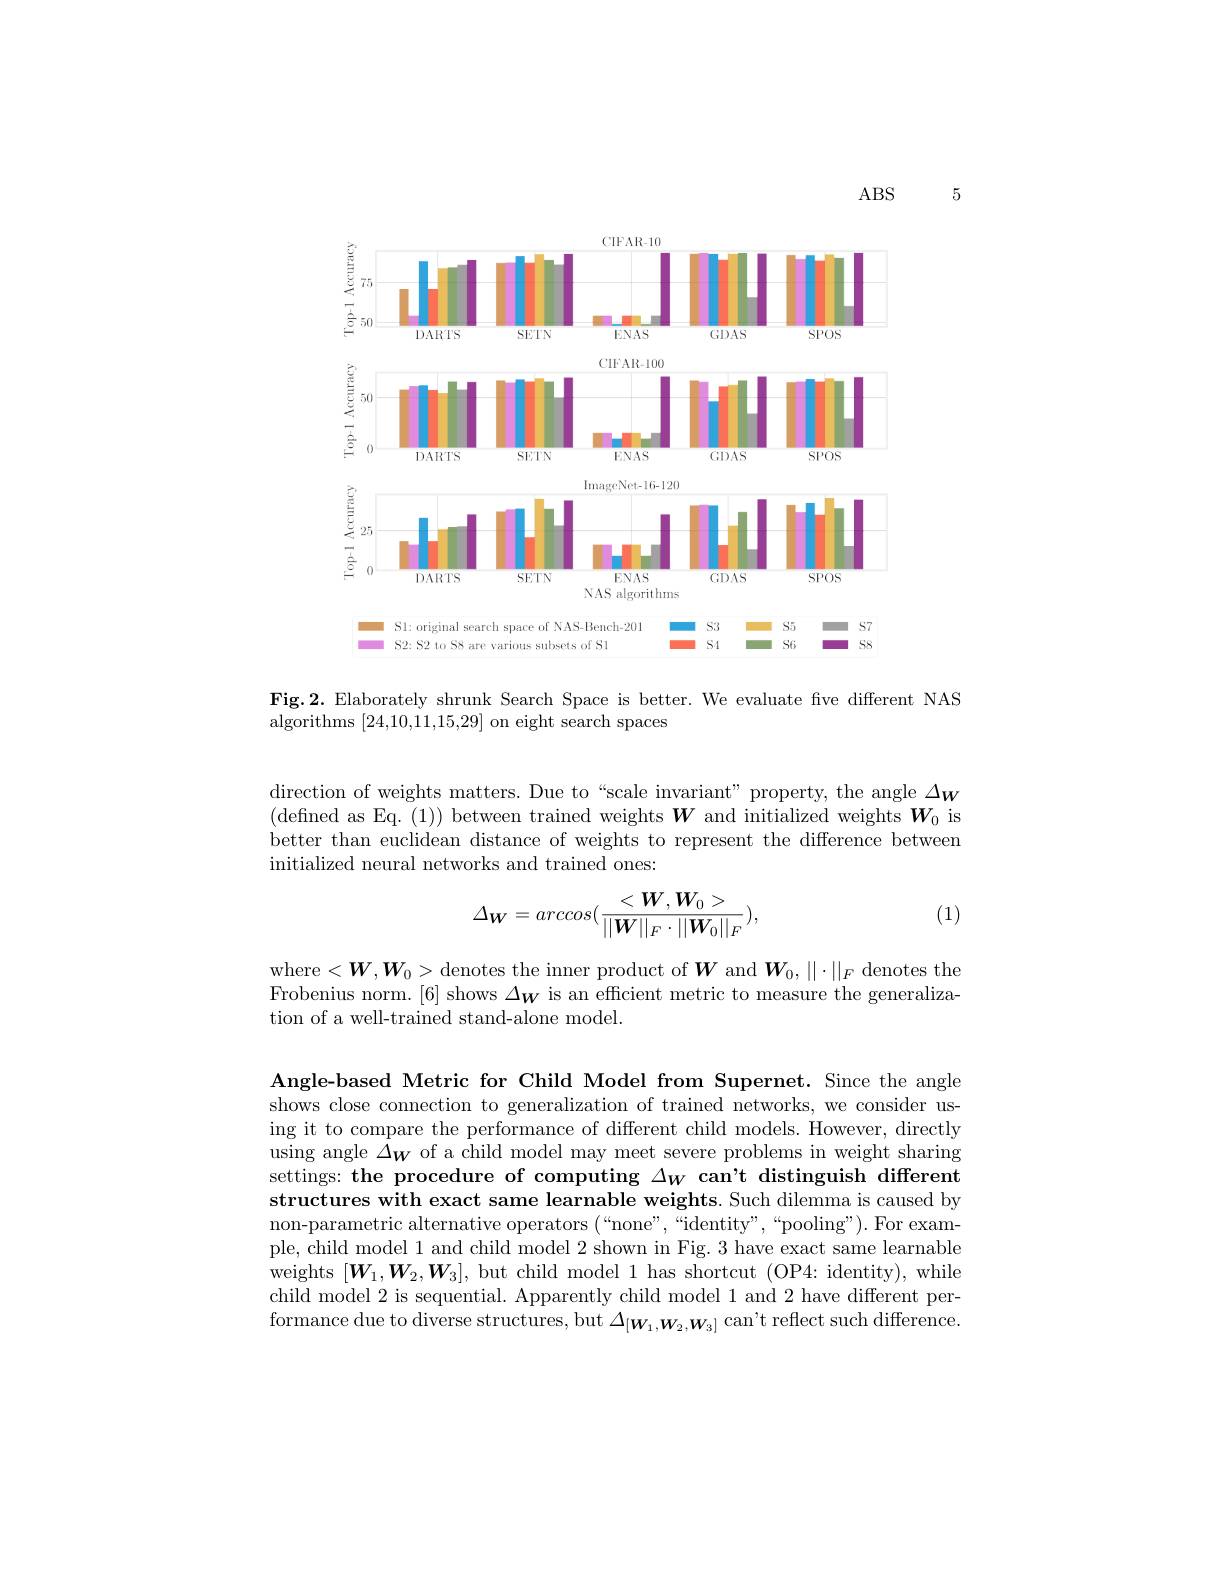
5

$ABS$

<FigureHere>

S2: S2 to S8 are various subsets of Sl

S8

S1

SG

Fig.2. Elaborately shrunk Search Space is better. We evaluate five different NAS
algorithms [24,10,11,15,29] on eight search spaces

direction of weights matters. Due to“scale invariant” property, the angle $\Delta_{W}$ (defined as Eq.(1)) between trained weights $\boldsymbol W$ and initialized weights $\boldsymbol W_0$ is better than euclidean distance of weights to represent the difference between initialized neural networks and trained ones:

(1)
$$\Delta_{\boldsymbol{W}}=arccos(\frac{<\boldsymbol{W},\boldsymbol{W}_{0}>}{||\boldsymbol{W}||_{F}\cdot||\boldsymbol{W}_{0}||_{F}}),$$
where$<\boldsymbol W,\boldsymbol W_0>$denotes the inner product of $\boldsymbol W$ and $\boldsymbol W_0,\|\cdot\|_F$ denotes the Frobenius norm. [6] shows $\Delta_{W}$ is an effcient metric to measure the generalization of a well-trained stand-alone model.

Angle-based Metric for Child Model from Supernet. Since the angle shows close connection to generalization of trained networks, we consider using it to compare the performance of different child models. However, directly using angle $\Delta_{\boldsymbol{W}}$ of a child model may meet severe problems in weight sharing settings: the procedure of computing $\Delta_W$ can't distinguish different structures with exact same learnable weights. Such dilemma is caused by non-parametric alternative operators (“none”,“identity",“pooling”). For example, child model 1 and child model 2 shown in Fig. 3 have exact same learnable weights $[\boldsymbol W_{1},\boldsymbol W_{2},\boldsymbol W_{3}]$, but child model 1 has shortcut (OP4: identity), while child model 2 is sequential. Apparently child model 1 and 2 have different performance due to diverse structures, but $\Delta_[\boldsymbol{W}_1,\boldsymbol{W}_2,\boldsymbol{W}_3]$ can't reflect such difference.